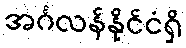
အင်္ဂလန်နိုင်ငံရှိ